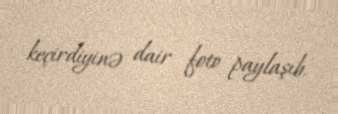
keçirdiyinə dair foto paylaşıb.